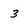
Character: 3